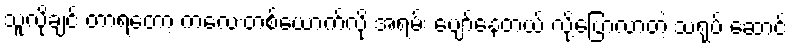
သူလိုချင် တာရတော့ ကလေးတစ်ယောက်လို အရမ်း ပျော်နေတယ် လို့ပြောလာတဲ့ သရုပ် ဆောင်